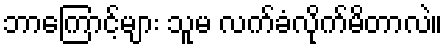
ဘာကြောင့်များ သူမ လက်ခံလိုက်မိတာလဲ။